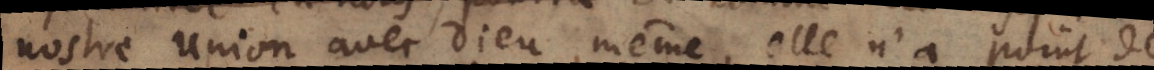
nostre union avec Dieu même, elle n’a point de